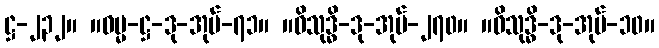
ဋ္ဌ-၂၃၂။ ။ဓမ္မ-ဋ္ဌ-ဒု-အုပ်-၇၁။ ။ဝိသုဒ္ဓိ-ဒု-အုပ်-၂၇၀။ ။ဝိသုဒ္ဓိ-ဒု-အုပ်-၁၀။